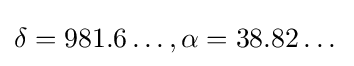
\delta =981.6\dots ,\alpha =38.82\dots